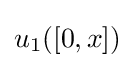
u_{1}([0,x])